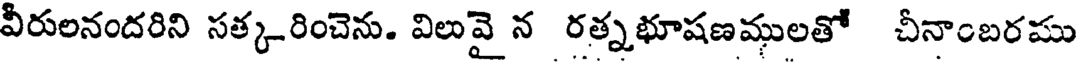
వీరులనందరిని సత్కరించెను. విలువై న రత్నభూషణములతో చీనాంబరము